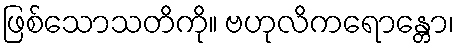
ဖြစ်သောသတိကို။ ဗဟုလိကရောန္တော၊